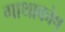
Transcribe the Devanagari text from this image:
गाथाकोष